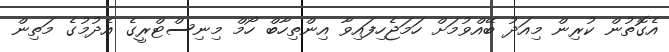
އެގޮތުން ކުރިން މިއަދު ބޭއްވުމަށް ހަމަޖެހިފައިވާ އިންތިހާބް ހޯމް މިނިސްޓްރީގެ އެދުމުގެ މަތިން